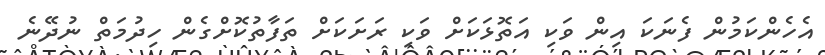
އެހެންކަމުން ފެނަކަ އިން ވަކި އަތޮޅަކަށް ވަކި ރަށަކަށް ތަފާތުކޮށްގެން ހިދުމަތް ނުދޭނެ